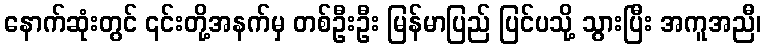
နောက်ဆုံးတွင် ၎င်းတို့အနက်မှ တစ်ဦးဦး မြန်မာပြည် ပြင်ပသို့ သွားပြီး အကူအညီ၊